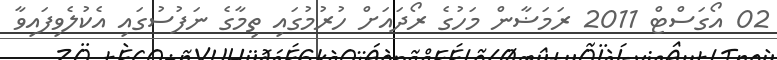
02 އޯގަސްޓް 2011 ރަމަޟާން މަހުގެ ރޯދައަށް ހުރުމުގައި ތިމާގެ ނަފުސުގައި އެކުލެވިފައިވާ